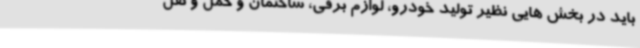
باید در بخش هایی نظیر تولید خودرو، لوازم برقی، ساختمان و حمل و نقل